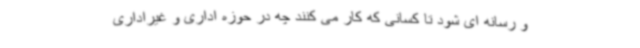
و رسانه ای شود تا کسانی که کار می کنند چه در حوزه اداری و غیراداری